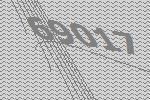
69017